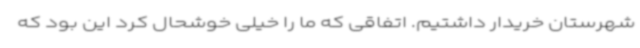
شهرستان خریدار داشتیم. اتفاقی که ما را خیلی خوشحال کرد این بود که